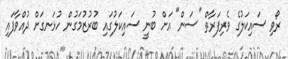
ރޯވި ސައިކަލުގެ ވެރިފަރާތް "ސަން" އަށް ބުނީ ސައިކަލުގައި ބުރުޒުމަގުން ހުޅަނގަށް ދުއްވާފައި